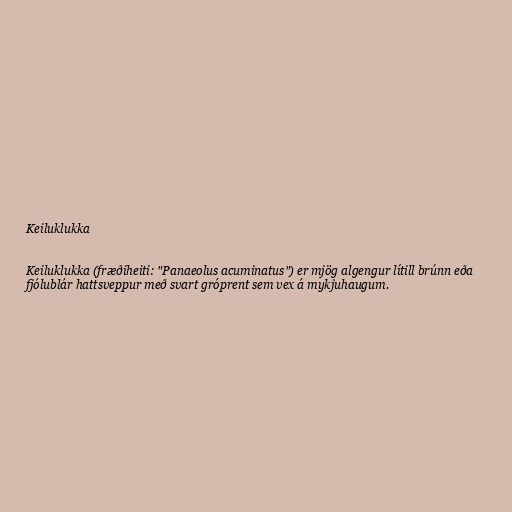
Keiluklukka

Keiluklukka (fræðiheiti: "Panaeolus acuminatus") er mjög algengur lítill brúnn eða
fjólublár hattsveppur með svart gróprent sem vex á mykjuhaugum.